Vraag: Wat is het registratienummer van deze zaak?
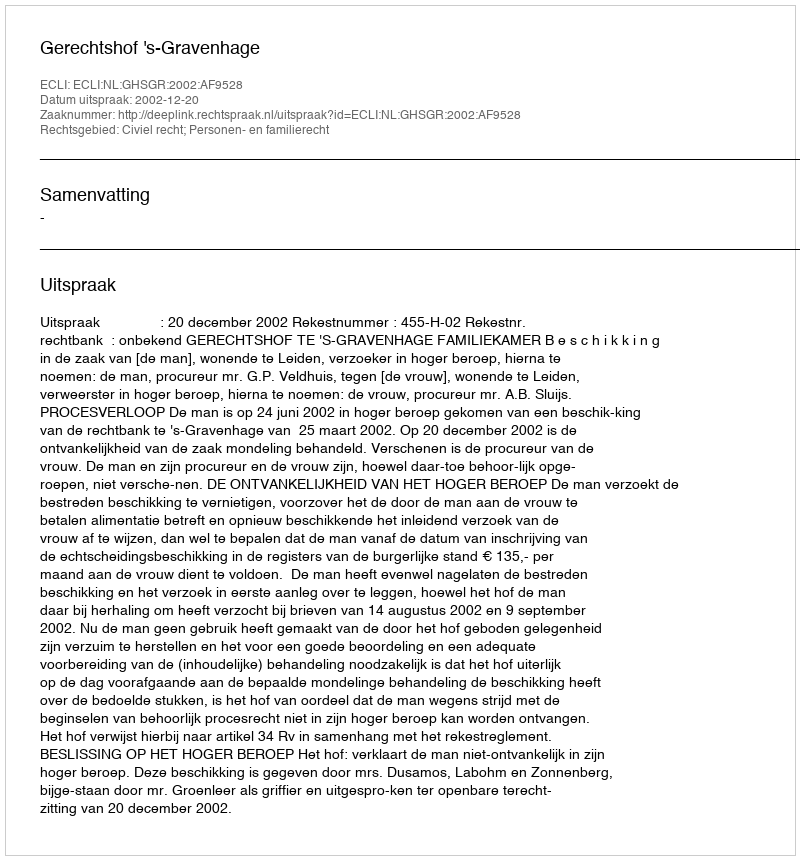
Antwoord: http://deeplink.rechtspraak.nl/uitspraak?id=ECLI:NL:GHSGR:2002:AF9528